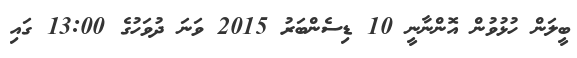
ބީލަން ހުޅުވުން އޮންނާނީ 10 ޑިސެންބަރު 2015 ވަނަ ދުވަހުގެ 13:00 ގައި